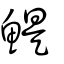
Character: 鯷